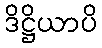
ဒိဋ္ဌိယာပိ